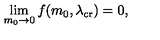
\lim _ { m _ { 0 } \rightarrow 0 } f ( m _ { 0 } , \lambda _ { \mathrm { c r } } ) = 0 ,